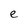
Character: e